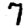
Digit: 7